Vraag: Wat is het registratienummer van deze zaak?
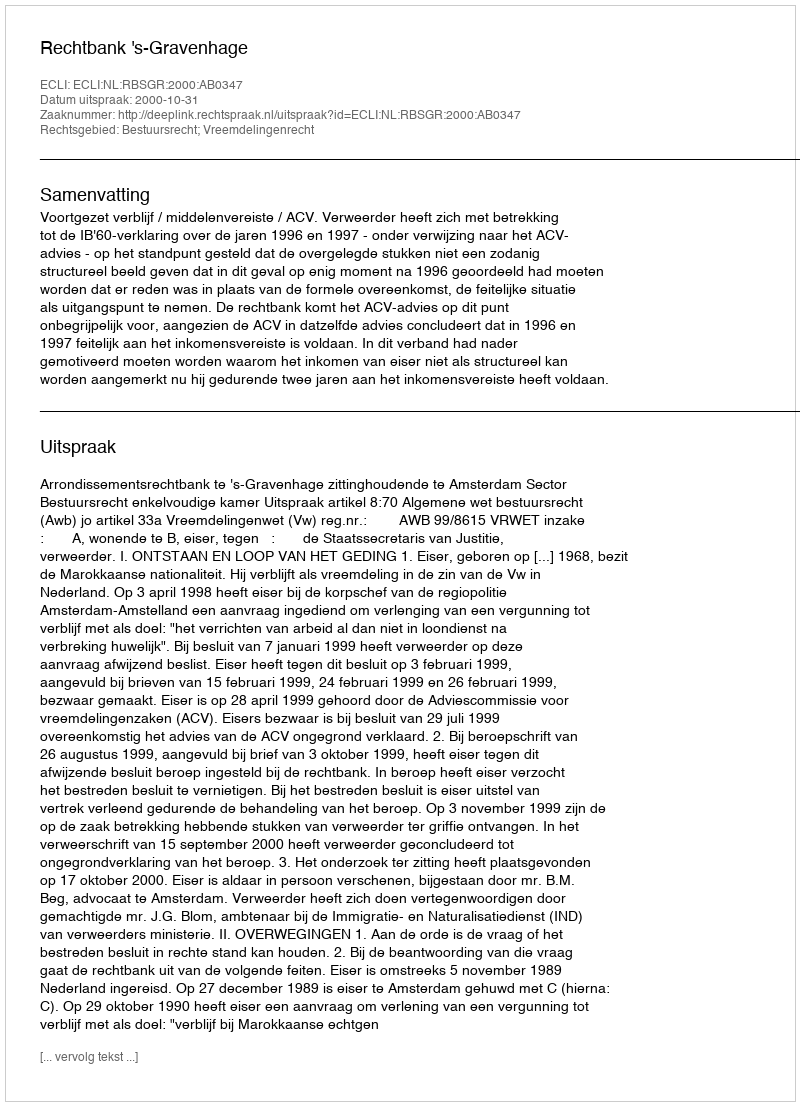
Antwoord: http://deeplink.rechtspraak.nl/uitspraak?id=ECLI:NL:RBSGR:2000:AB0347